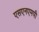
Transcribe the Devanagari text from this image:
एसएनएमपी